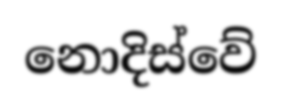
නොදිස්වේ